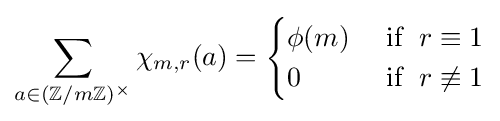
\sum _{a\in (\mathbb {Z} /m\mathbb {Z} )^{\times }}\chi _{m,r}(a)={\begin{cases}\phi (m)&{\text{ if  }}\;r\equiv 1\\0&{\text{ if  }}\;r\not \equiv 1\end{cases}}